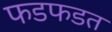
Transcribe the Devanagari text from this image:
फडफडत